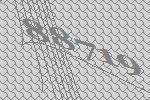
88719